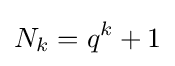
N_{k}=q^{k}+1